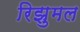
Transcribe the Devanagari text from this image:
रिझुमल